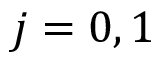
j = 0 , 1